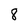
Character: 8